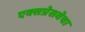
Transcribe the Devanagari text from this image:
एक्सप्रेसवेचा